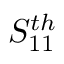
S _ { 1 1 } ^ { t h }